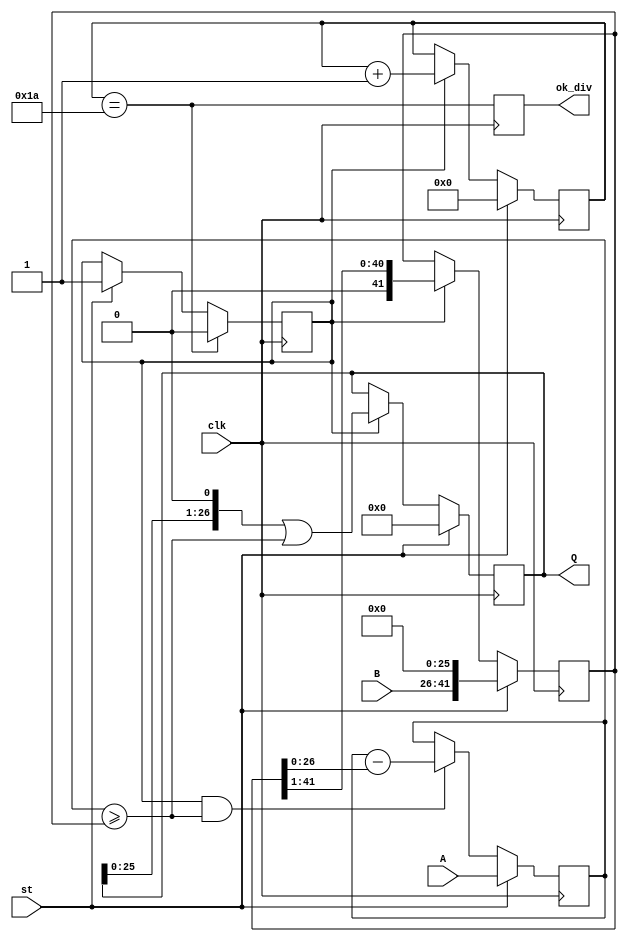
`define m_A 27 //  
`define m_B 16 //  

module DIV_AB_Q(input [`m_A-1:0] A, output reg [`m_A-1:0] Q=0, //  
                input [`m_B-1:0] B, output reg ok_div=0,
                input st,
                input clk);

  reg [`m_A-1:0]bf_A=0 ; //  `m_A 
  reg [`m_A+`m_B-2:0]bf_B=0 ; /*  `m_B +`m_A-1 */
  reg[7:0]cb_tact=0; //  
  reg TQ=0 ; // 

  wire bit_Q = (bf_A>=bf_B) ; //  
  wire T_end = (cb_tact==`m_A-1) ; //  

  always @ (posedge clk) begin
    bf_A <= st? A: (TQ & bit_Q)? bf_A-bf_B : bf_A ; //
    bf_B <= st? B<<`m_A-1 : TQ? bf_B>>1 : bf_B ; //
    cb_tact <= st? 0 : TQ? cb_tact+1 : cb_tact ;
    TQ <= T_end? 0 : st? 1 : TQ ;
    Q <= st? 0: TQ? Q<<1 | bit_Q : Q ; //
    ok_div <= T_end ;
  end

endmodule